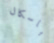
باسكال